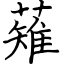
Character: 薙